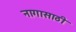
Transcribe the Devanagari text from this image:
नागासाठी